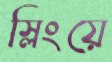
স্লিংয়ে